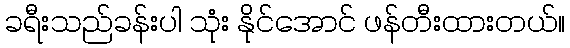
ခရီးသည်ခန်းပါ သုံး နိုင်အောင် ဖန်တီးထားတယ်။